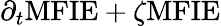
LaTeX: \partial_{t}\mathrm{MFIE}+\zeta\mathrm{MFIE}